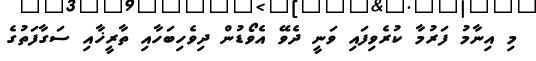
މި އިނާމު ފަރުމާ ކުރެވިފައި ވަނީ ދެވޭ އެވޯޑުން ދިވެހިބަހާއި ތާރީޚާއި ސަގާފަތުގެ